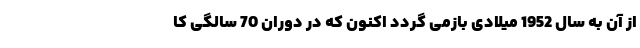
از آن به سال 1952 میلادی بازمی گردد اکنون که در دوران 70 سالگی کا